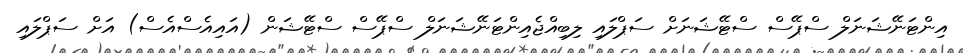
އިންޓަނޭޝަނަލް ސްޕޭސް ސްޓޭޝަނަށް ސަޕްލައި ލިބިއްޖެއިންޓަނޭޝަނަލް ސްޕޭސް ސްޓޭޝަން (އައިއެސްއެސް) އަށް ސަޕްލައި